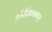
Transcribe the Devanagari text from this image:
हरिकिशनपुर